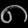
Digit: ၈